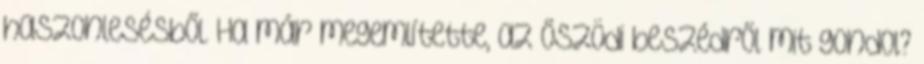
haszonlesésből. Ha már megemlítette, az őszödi beszédről mit gondol?